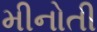
મીનોતી